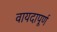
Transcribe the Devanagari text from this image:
वायदापूर्ण